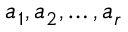
a _ { 1 } , a _ { 2 } , \ldots , a _ { r }